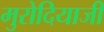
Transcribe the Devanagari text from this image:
मुरोदियाजी